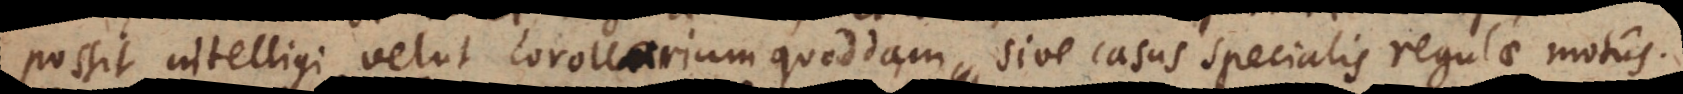
possit intelligi velut corollarium quoddam sive casus specialis regulae motus.